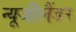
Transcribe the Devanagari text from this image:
न्यूजीलैंडर